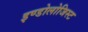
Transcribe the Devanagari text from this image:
इण्डोलोजिस्ट